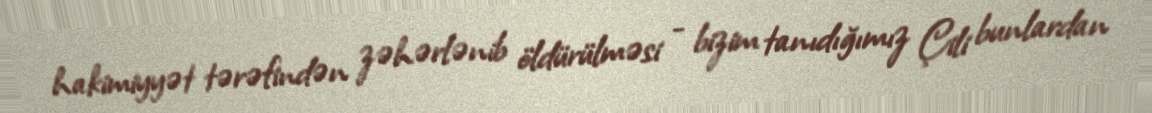
hakimiyyət tərəfindən zəhərlənib öldürülməsi - bizim tanıdığımız Çili bunlardan